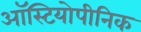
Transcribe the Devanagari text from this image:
ऑस्टियोपीनिक